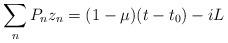
LaTeX: \begin{align*}\sum_n P_n z_n = (1-\mu)(t-t_0) - iL\end{align*}